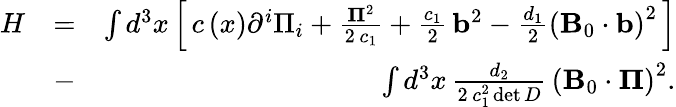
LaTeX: \begin{array}{rlr}{H}&{=}&{\int{{d^{3}}x}\left[\, {c\left(x\right){\partial^{i}}{\Pi_{i}}+\frac{{{{\mathbf\Pi}^{2}}}}{{2\, {c_{1}}}}+\frac{{{c_{1}}}}{2}\, {{\mathbf b}^{2}}-\frac{{{d_{1}}}}{2}{{\left({{\mathbf B}_{0}\cdot{\mathbf b}}\right)}^{2}}}\, \right]}\\ &{-}&{\int{{d^{3}}x}\, \frac{{{d_{2}}}}{{2\, c_{1}^{2}\operatorname*{det}D}}\, {\left({{\mathbf B}_{0}\cdot{\mathbf\Pi}}\right)^{2}}.}\end{array}